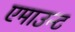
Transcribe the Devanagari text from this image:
एमाउन्ट